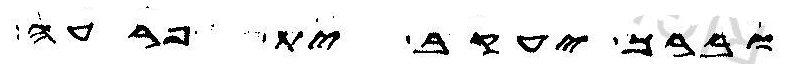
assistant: וברך יעקב ית פרעה